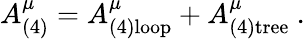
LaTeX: A_{(4)}^{\mu}=A_{(4)\mathrm{loop}}^{\mu}+A_{(4)\mathrm{tree}}^{\mu}~.